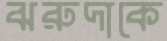
ঝরুদাকে